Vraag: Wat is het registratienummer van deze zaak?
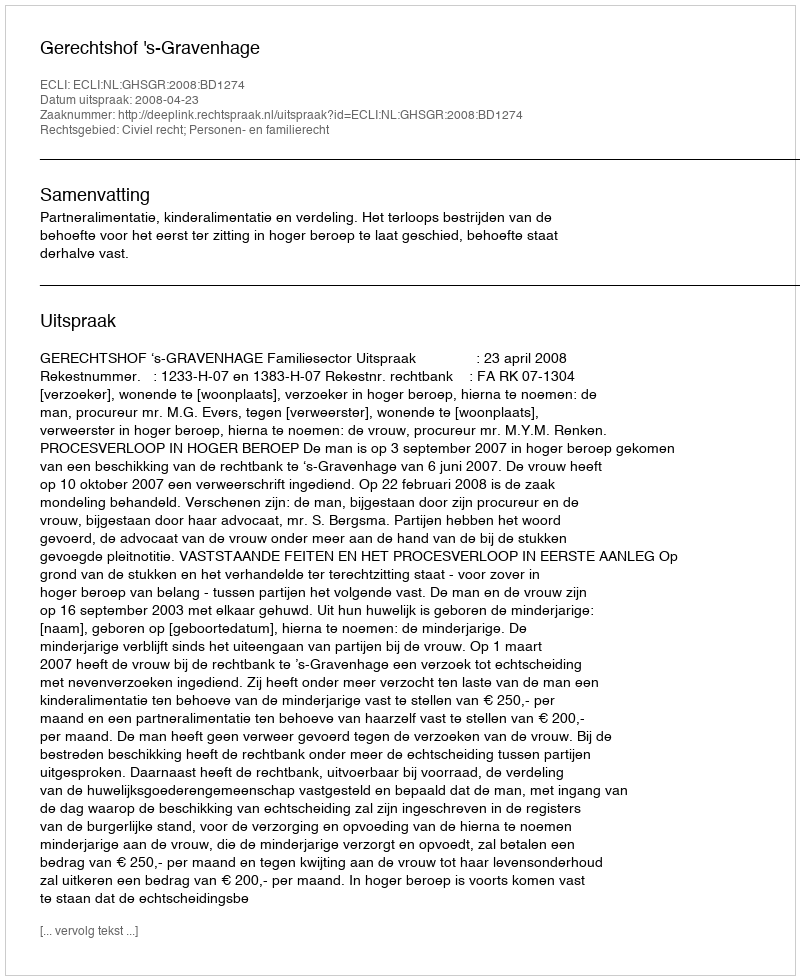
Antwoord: http://deeplink.rechtspraak.nl/uitspraak?id=ECLI:NL:GHSGR:2008:BD1274